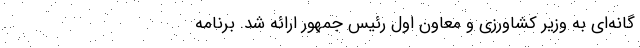
گانه‌ای به وزیر کشاورزی و معاون‌ اول رئیس‌ جمهور ارائه شد. برنامه